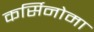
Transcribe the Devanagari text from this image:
कर्सिनोमा